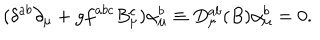
LaTeX: ( \delta ^ { a b } \partial _ { \mu } + g f ^ { a b c } B _ { \mu } ^ { c } ) \alpha _ { \mu } ^ { b } \equiv D _ { \mu } ^ { a b } ( B ) \alpha _ { \mu } ^ { b } = 0 .